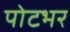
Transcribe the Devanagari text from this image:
पोटभर